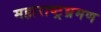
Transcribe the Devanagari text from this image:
महाराष्ट्रभ्रमण